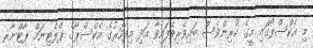
މި އެކްސްޕޯގައި މީގެ ކުރިންވެސް ބައިވެރިވެފައިވާ އަދި މިފަހަރުގެ އެކްސްޕޯގެ ޕްލެޓިނަމް ޕާޓްނާރ